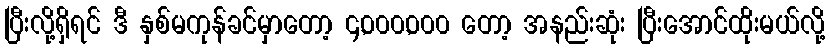
ပြီးလို့ရှိရင် ဒီ နှစ်မကုန်ခင်မှာတော့ ၄,၀၀၀,၀၀၀ တော့ အနည်းဆုံး ပြီးအောင်ထိုးမယ်လို့